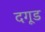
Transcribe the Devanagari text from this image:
दगूड